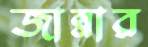
জান্নার